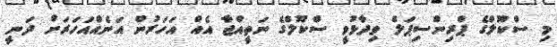
މި ސްކޫލްގެ ޕްރިންސިޕަލް ވިދާޅުވީ ސްކޫލްގެ ނަތީއްޖާ އެއް އަހަރުން އަނެއްއަހަރަށް ދަނީ